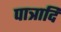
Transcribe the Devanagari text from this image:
पात्रादि